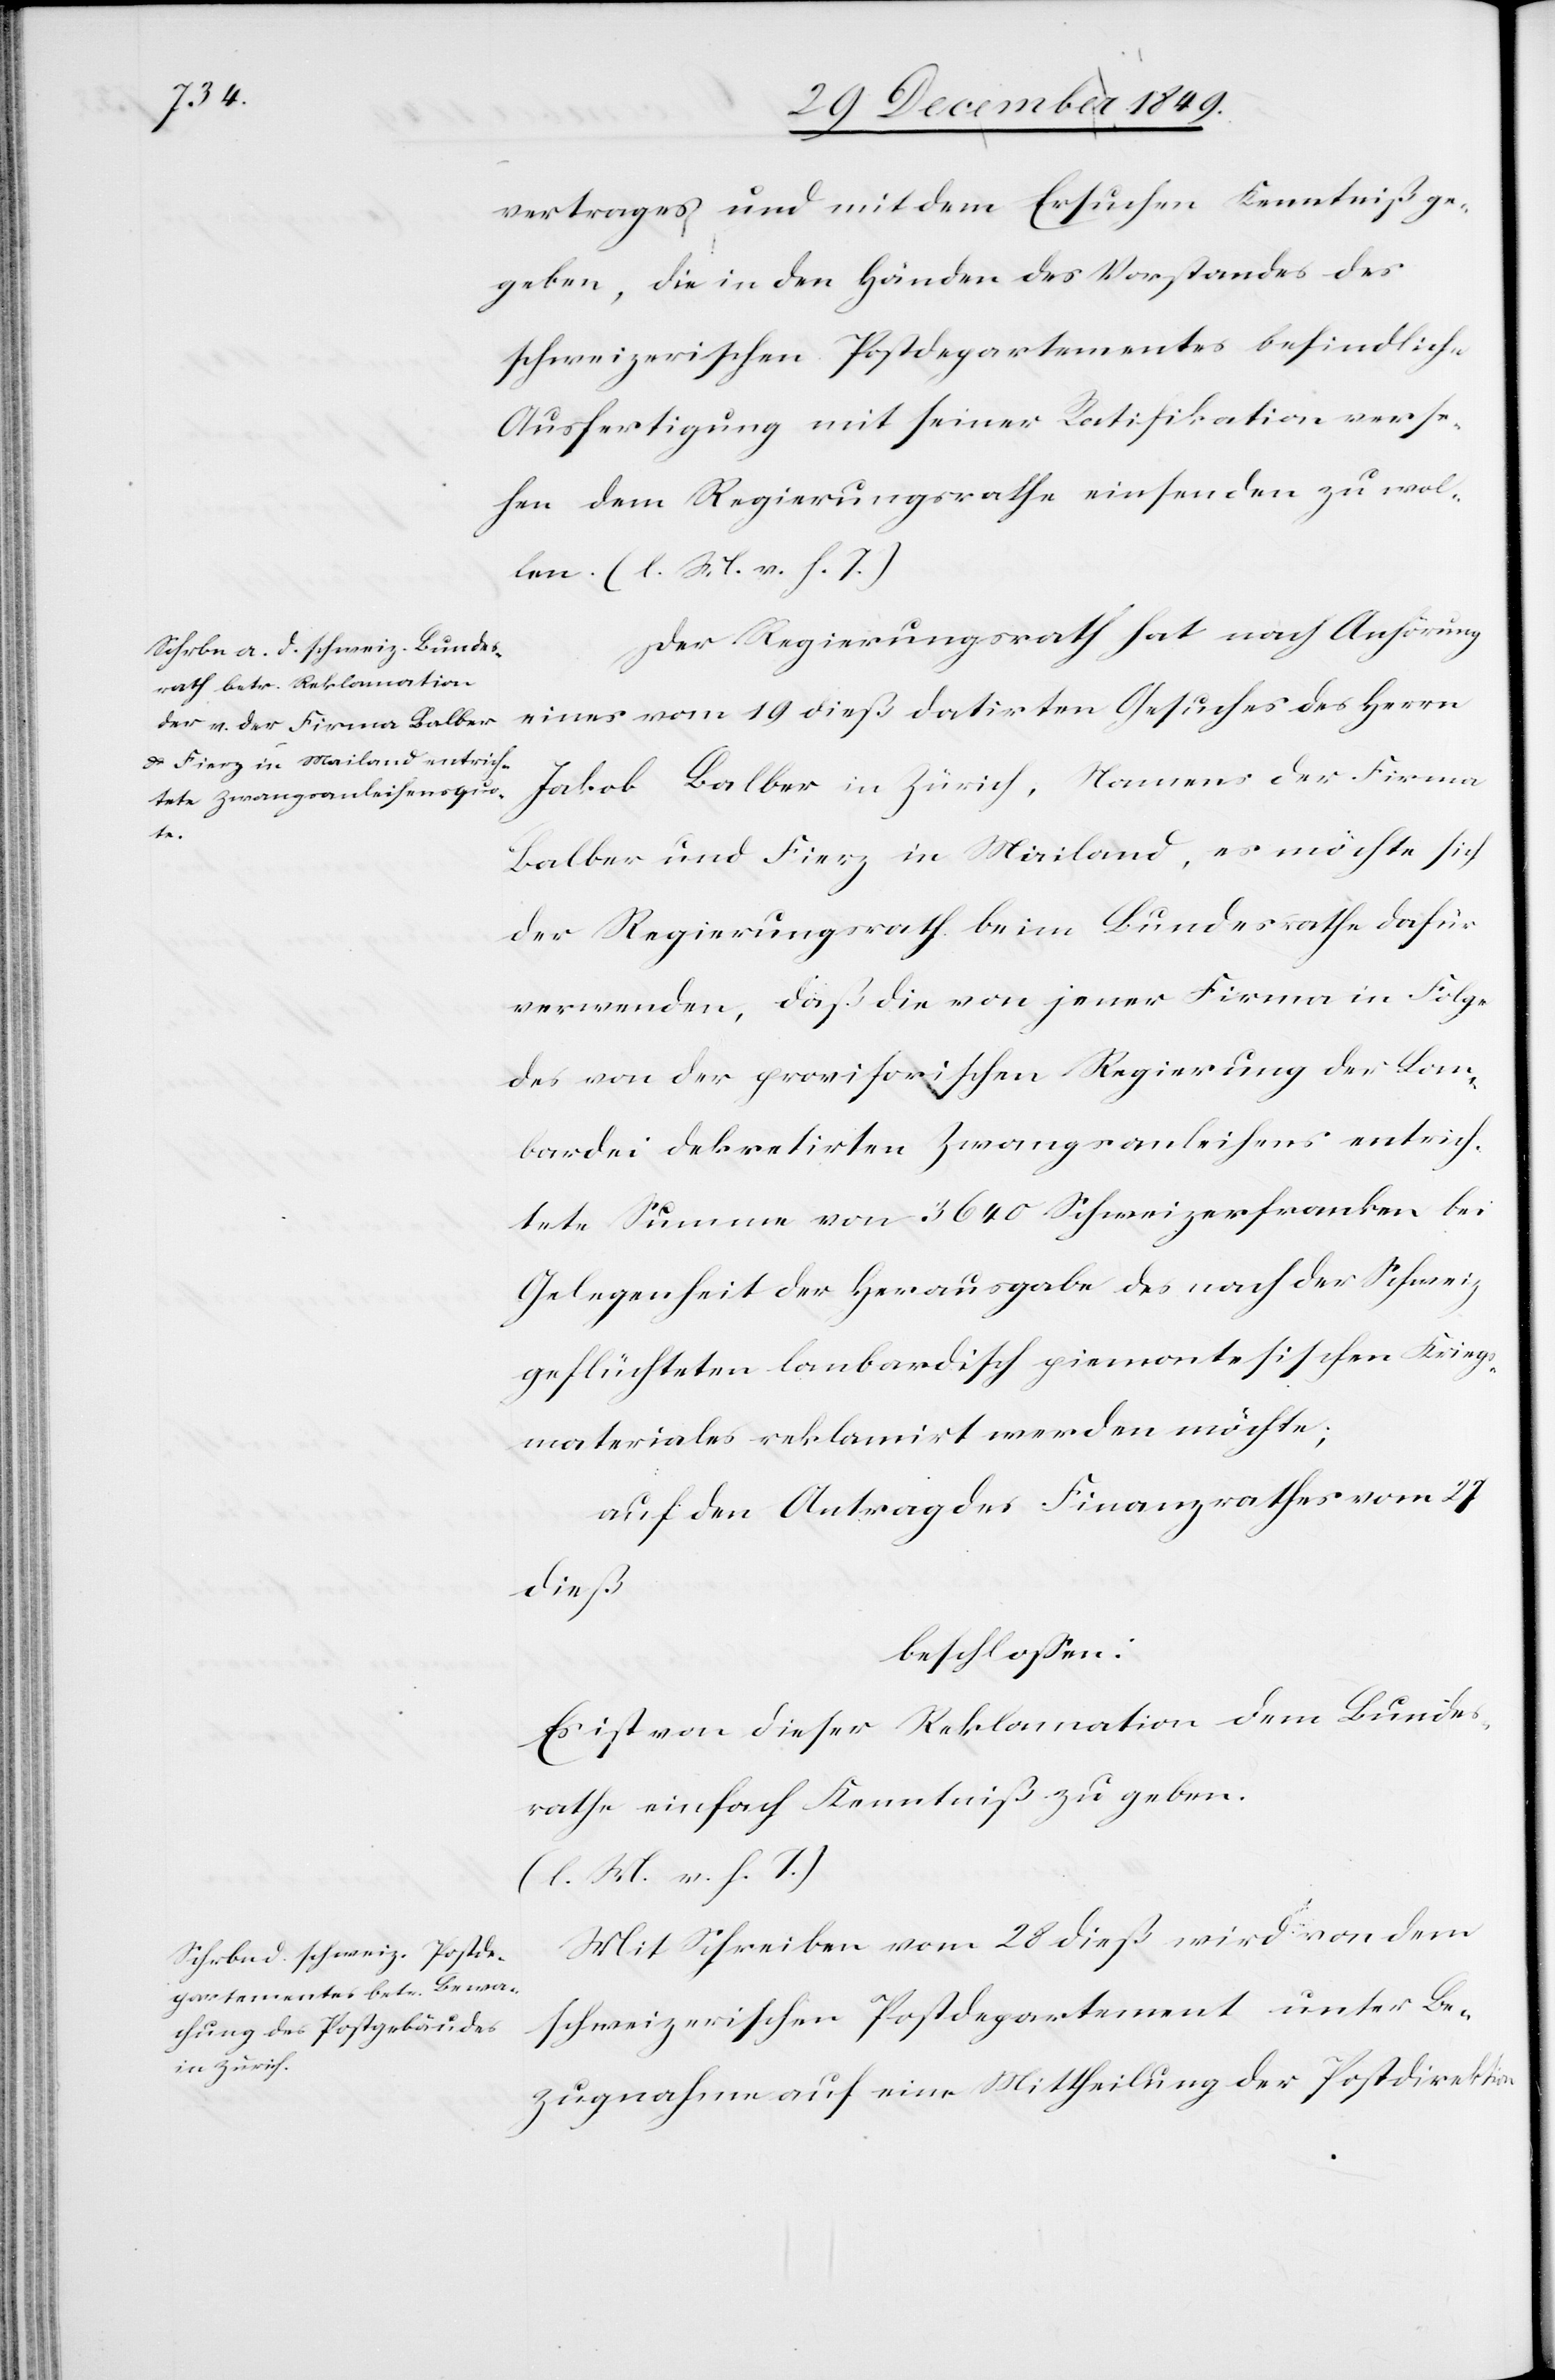
vertrages und mit dem Ersuchen Kenntniß ge¬
geben, die in den Händen des Vorstandes des
schweizerischen Postdepartementes befindlichen
Ausfertigung mit seiner Ratifikation verse¬
hen dem Regierungsrathe einsenden zu wol¬
len. [l. M. v. h. T]
Der Regierungsrath hat nach Anhörung
Jakob Balber in Zürich, Namens der Firma
Balber und Fierz in Mailand, es möchte sich
der Regierungsrath beim Bundesrathe dafür
verwenden, daß die von jener Firma in Folge
des von der provisorischen Regierung der Lom¬
bardei dekretirten Zwangsanleihens entrich¬
tete Summe von 3640 Schweizerfranken bei
Gelegenheit der Herausgabe des nach der Schweiz
geflüchteten lombardisch piemontesischen Kriegs¬
materiales reklamirt werden möchte;
auf den Antrag des Finanzrathes vom 27
dieß
beschloßen:
Es ist von dieser Reklamation dem Bundes¬
rathe einfach Kenntniß zu geben.
[l. M. v. h. T]
Mit Schreiben vom 28 dieß wird von dem
schweizerischen Postdepartement unter Be¬
Herrn
zugnahme auf eine Mittheilung der Postdirektion